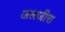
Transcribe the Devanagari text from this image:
जलजीरा